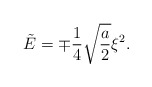
\begin{align*}\tilde{E}=\mp\frac{1}{4}\sqrt{\frac{a}{2}}\xi^2.\end{align*}